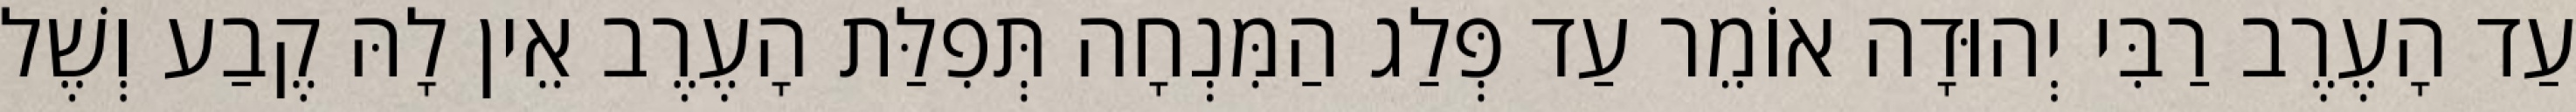
עַד הָעֶרֶב רַבִּי יְהוּדָה אוֹמֵר עַד פְּלַג הַמִּנְחָה תְּפִלַּת הָעֶרֶב אֵין לָהּ קֶבַע וְשֶׁל